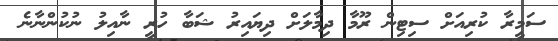
ސަމީރާ ކުރިއަށް ސިޓިން ރޫމާ ދިމާލަށް ދިޔައިރު ޝަބާ ހުރީ ނާއިލު ނުކުންނާނެ